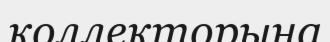
коллекторына